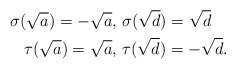
\begin{align*} \sigma(\sqrt{a})=-\sqrt{a},\ &\sigma(\sqrt{d})=\sqrt{d}\\ \tau(\sqrt{a})=\sqrt{a},\ &\tau(\sqrt{d})=-\sqrt{d}.\end{align*}